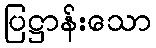
ပြဋ္ဌာန်းသော